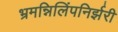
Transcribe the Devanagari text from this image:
भ्रमन्निलिंपनिर्झरी